Annual administration report of the Civil Veterinary Department, Sind - 1945-1946
Year: 1945
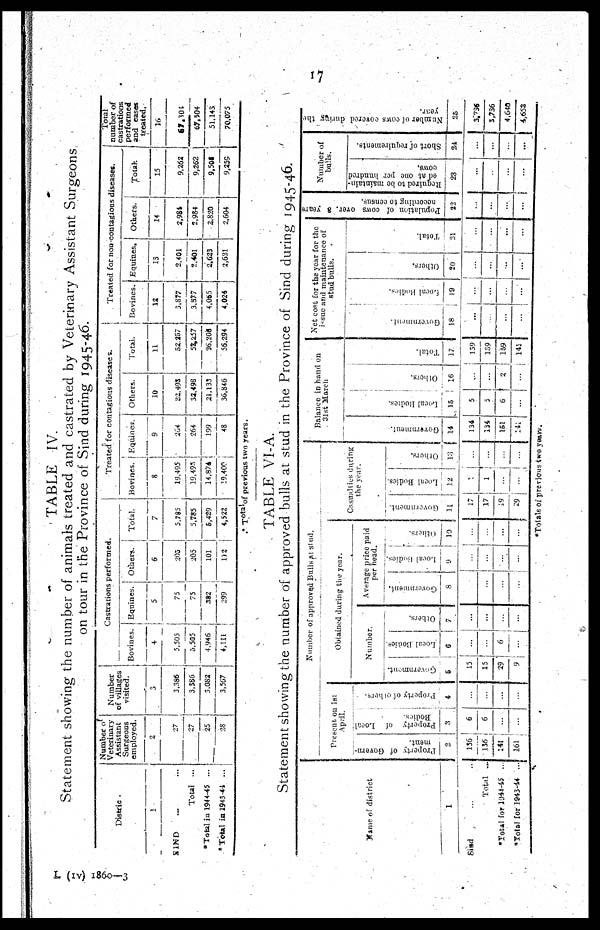
17
TABLE IV.
Statement showing the number of animals treated and castrated by Veterinary Assistant Surgeons
on tour in the Province of Sind during 1945-46.
Distric .
1
SIND ... ...
Total ...
*Total in 1944-45 ...
* Total in 1943-44 ...
Number of
Veterinary
Assistant
Surgeons
employed.
2
27
27
25
28
Number
of villages
visited.
3
3,386
3,586
5,082
3,567
Castrations performed.
Bovines.
4
5,505
5,505
4,946
4,111
Equines.
5
75
75
382
299
Others.
6
203
205
101
112
Total.
7
5,785
5,785
6,429
4,522
Treated for contagious diseases.
Bovines.
8
19,495
19,495
14,874
19,400
Equines.
9
264
264
199
48
Others.
10
32,498
32,498
21,133
36,846
Total.
11
52,257
52,257
36,208
56,294
Treated for non-contagious diseases.
Bovines.
12
3,877
3,377
4,065
4,024
Equities.
13
2,401
2,401
3.623
2,621
Others.
14
2,981
2,984
2,820
2,604
Total.
15
9,262
9,262
9,501
9,359
Total
number of
performed
and eases
treated.
16
67,304
67,304
51,143
70,075
* Total of previous two years.
TABLE VI-A.
Statement showing the number of approved bulls at stud in the Province of Sind during 1945-46.
Name of district
1
Sind ... ...
Total ...
*Total for 1944-45 ...
*Total for 1943-44 ...
Number of approved Bulls at stud.
Present, on 1st
Property of Govern-
ment.
2
136
135
141
161
Property of Local
Bodies.
3
6
6
...
...
Property of others.
4
...
...
...
...
Obtained during the year.
Number.
Government.
.
15
15
29
9
Local Bodies.
6
...
...
6
...
Others.
7
...
...
...
...
Average price paid
per head.
Government.
8
...
...
...
...
Local
Bodies.
9
...
...
...
...
Others.
10
...
...
......
...
Casualties during
the year.
Government.
11
17
17
19
29
Local Bodi es .
12
1
1
...
...
Ot her s .
13
...
...
...
...
Balance in hand on
31st March
Gove r
nme nt.
14
134
134
151
141
Local Bodies.
15
5
5
6
...
Ot hers.
16
...
...
2
...
Tot al .
17
159
139
159
141
Net cost for the year for the
issue and maintenance of
stud bulls.
Gove r
nme nt.
18
...
...
...
...
Local Bodies.
19
...
...
...
...
Ot her s.
20
...
...
...
...
Tot al .
21
...
...
...
...
Population of cows over 8 years
according to census.
22
...
...
...
...
Number of
bulls.
Required to be maintain-
ed at one per hundred
cows.
23
...
...
...
...
Short of requirements.
24
...
...
...
...
Number of cows covered during the
year.
25
3,736
3,736
4,640
4,653
*Totals of previous two years.